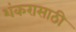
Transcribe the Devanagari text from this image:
शंकरासाठी